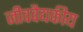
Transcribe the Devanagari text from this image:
जीववैद्यकीय